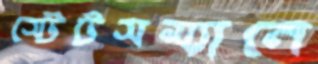
স্টেটসম্যানে